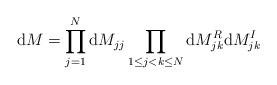
LaTeX: \begin{align*}\mathrm dM= \prod_{j=1}^N \mathrm dM_{jj} \prod_{1 \leq j <k \leq N} \mathrm dM_{jk}^R \mathrm dM_{jk}^I\end{align*}